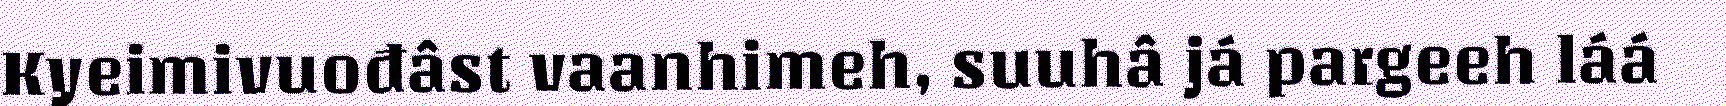
Kyeimivuođâst vaanhimeh, suuhâ já pargeeh láá